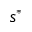
s ^ { * }